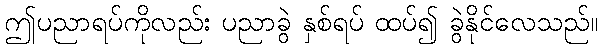
ဤပညာရပ်ကိုလည်း ပညာခွဲ နှစ်ရပ် ထပ်၍ ခွဲနိုင်လေသည်။